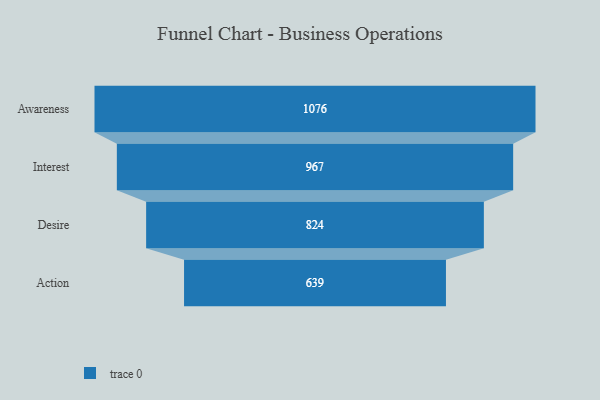
{"axis": {"x": "Stage", "y": "Value"}, "legend": [""], "data": [{"x": "Awareness", "y": 1076.0, "type": ""}, {"x": "Interest", "y": 967.0, "type": ""}, {"x": "Desire", "y": 824.0, "type": ""}, {"x": "Action", "y": 639.0, "type": ""}]}